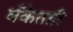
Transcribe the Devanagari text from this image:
बँकेतही